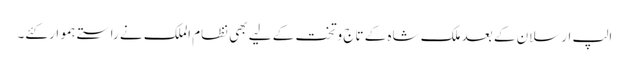
الپ ارسلان کے بعد ملک شاہ کے تاج وتخت کے لیے بھی نظام الملک نے راستے ہموار کئے۔